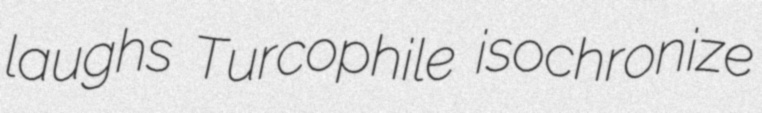
laughs Turcophile isochronize